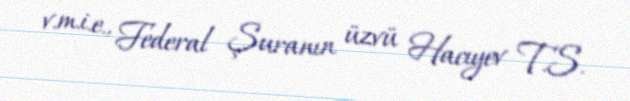
v.m.i.e., Federal Şuranın üzvü Hacıyev T.S.